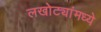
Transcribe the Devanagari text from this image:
लखोट्यांमध्ये